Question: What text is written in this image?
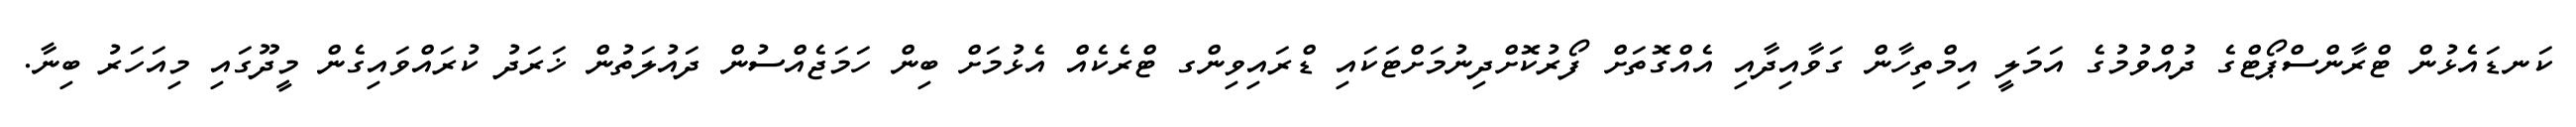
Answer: ކަނޑައެޅުން ޓްރާންސްޕޯޓްގެ ދުއްވުމުގެ އަމަލީ އިމްތިހާން ގަވާއިދާއި އެއްގޮތަށް ފޯރުކޮށްދިނުމަށްޓަކައި ޑްރައިވިންގ ޓްރެކެއް އެޅުމަށް ބިން ހަމަޖެއްސުން ދައުލަތުން ޚަރަދު ކުރައްވައިގެން މީދޫގައި މިއަހަރު ބިނާ.